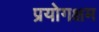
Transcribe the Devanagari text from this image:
प्रयोगक्षम